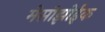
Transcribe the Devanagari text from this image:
मेसोझोईक